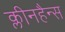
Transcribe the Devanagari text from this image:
क्लीनहैन्स